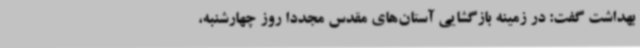
بهداشت گفت: در زمینه بازگشایی آستان‌های مقدس مجددا روز چهارشنبه،